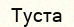
Туста